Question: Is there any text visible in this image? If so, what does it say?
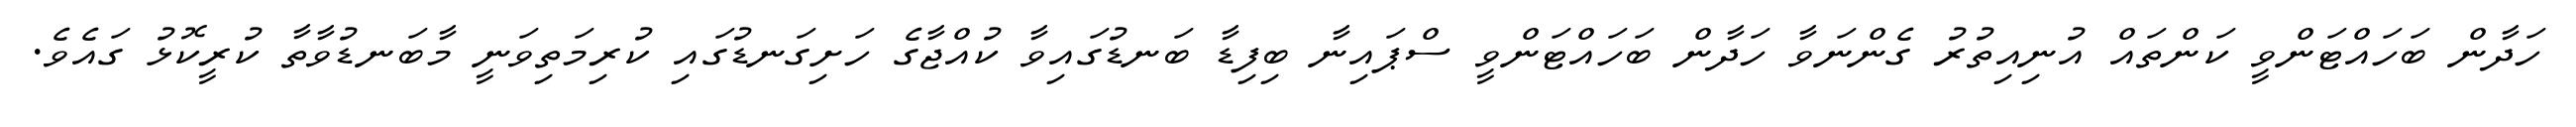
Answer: ހަދާން ބަހައްޓަންވީ ކަންތައް އުނިއިތުރު ގެންނަވާ ހަދާން ބަހައްޓަންވީ ސްޕައިނާ ބިފިޑާ ބަނޑުގައިވާ ކުއްޖާގެ ހަށިގަނޑުގައި ކުރިމަތިވަނީ މާބަނޑުވާތާ ކުރީކޮޅު ގައެވެ.